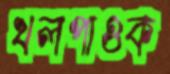
খলপাওক